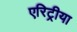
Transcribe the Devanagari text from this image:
एरिट्रीया